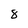
Character: 8